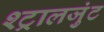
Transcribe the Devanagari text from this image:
श्ट्रालजुंट